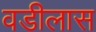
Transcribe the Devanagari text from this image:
वडीलास